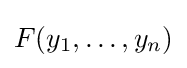
F(y_{1},\ldots ,y_{n})